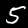
Label: 5